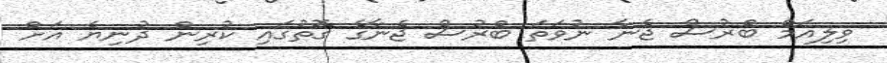
ވިލިއަމް ބްރުސް ޖެނާ ނުވަތަ ބްރުސް ޖެނާގެ ގޮތުގައި ކުރިން ދުނިޔެ އަށް